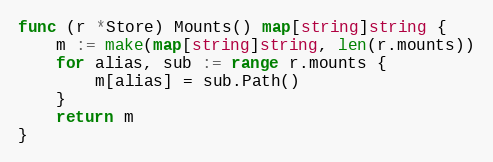
Language: Go
func (r *Store) Mounts() map[string]string {
	m := make(map[string]string, len(r.mounts))
	for alias, sub := range r.mounts {
		m[alias] = sub.Path()
	}
	return m
}